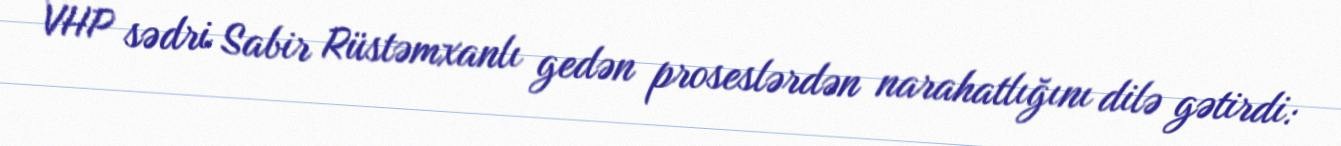
VHP sədri Sabir Rüstəmxanlı gedən proseslərdən narahatlığını dilə gətirdi: